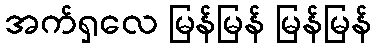
အက်ရှလေ မြန်မြန် မြန်မြန်